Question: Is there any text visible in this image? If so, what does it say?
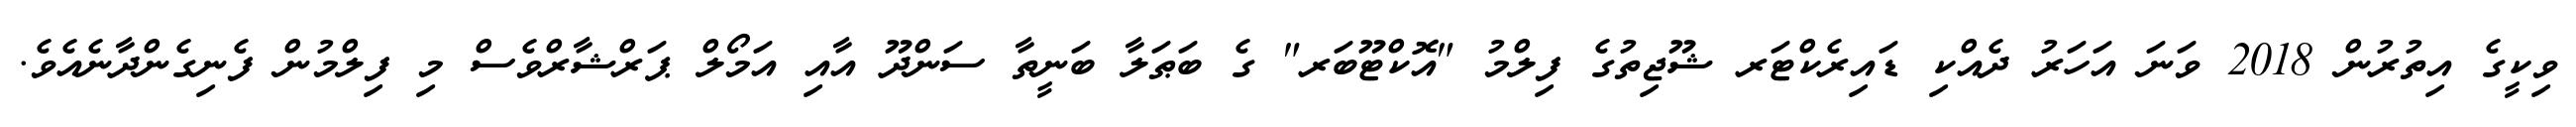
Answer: ވިކީގެ އިތުރުން 2018 ވަނަ އަހަރު ދެއްކި ޑައިރެކްޓަރ ޝޫޖިތުގެ ފިލްމު "އޮކްޓޫބަރ" ގެ ބަޠަލާ ބަނީތާ ސަންދޫ އާއި އަމޯލް ޕަރްޝާރްވެސް މި ފިލްމުން ފެނިގެންދާނެއެވެ.